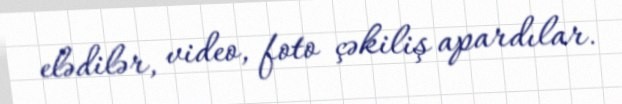
elədilər, video, foto çəkiliş apardılar.